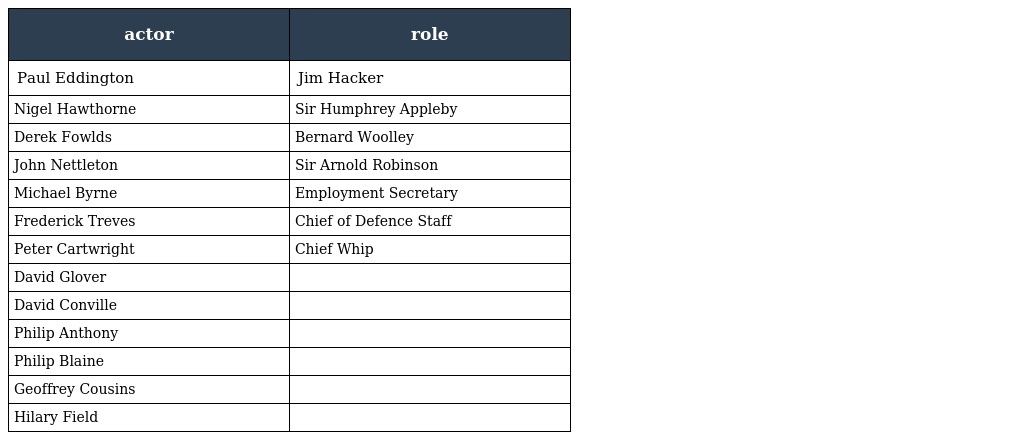
| actor | role |
 | --- | --- |
 | Paul Eddington | Jim Hacker |
 | Nigel Hawthorne | Sir Humphrey Appleby |
 | Derek Fowlds | Bernard Woolley |
 | John Nettleton | Sir Arnold Robinson |
 | Michael Byrne | Employment Secretary |
 | Frederick Treves | Chief of Defence Staff |
 | Peter Cartwright | Chief Whip |
 | David Glover |  |
 | David Conville |  |
 | Philip Anthony |  |
 | Philip Blaine |  |
 | Geoffrey Cousins |  |
 | Hilary Field |  |